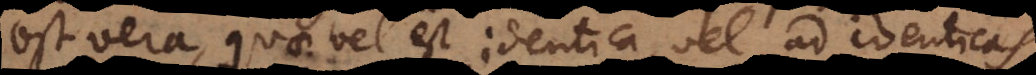
est vera, quae vel est identica, vel ad identicas